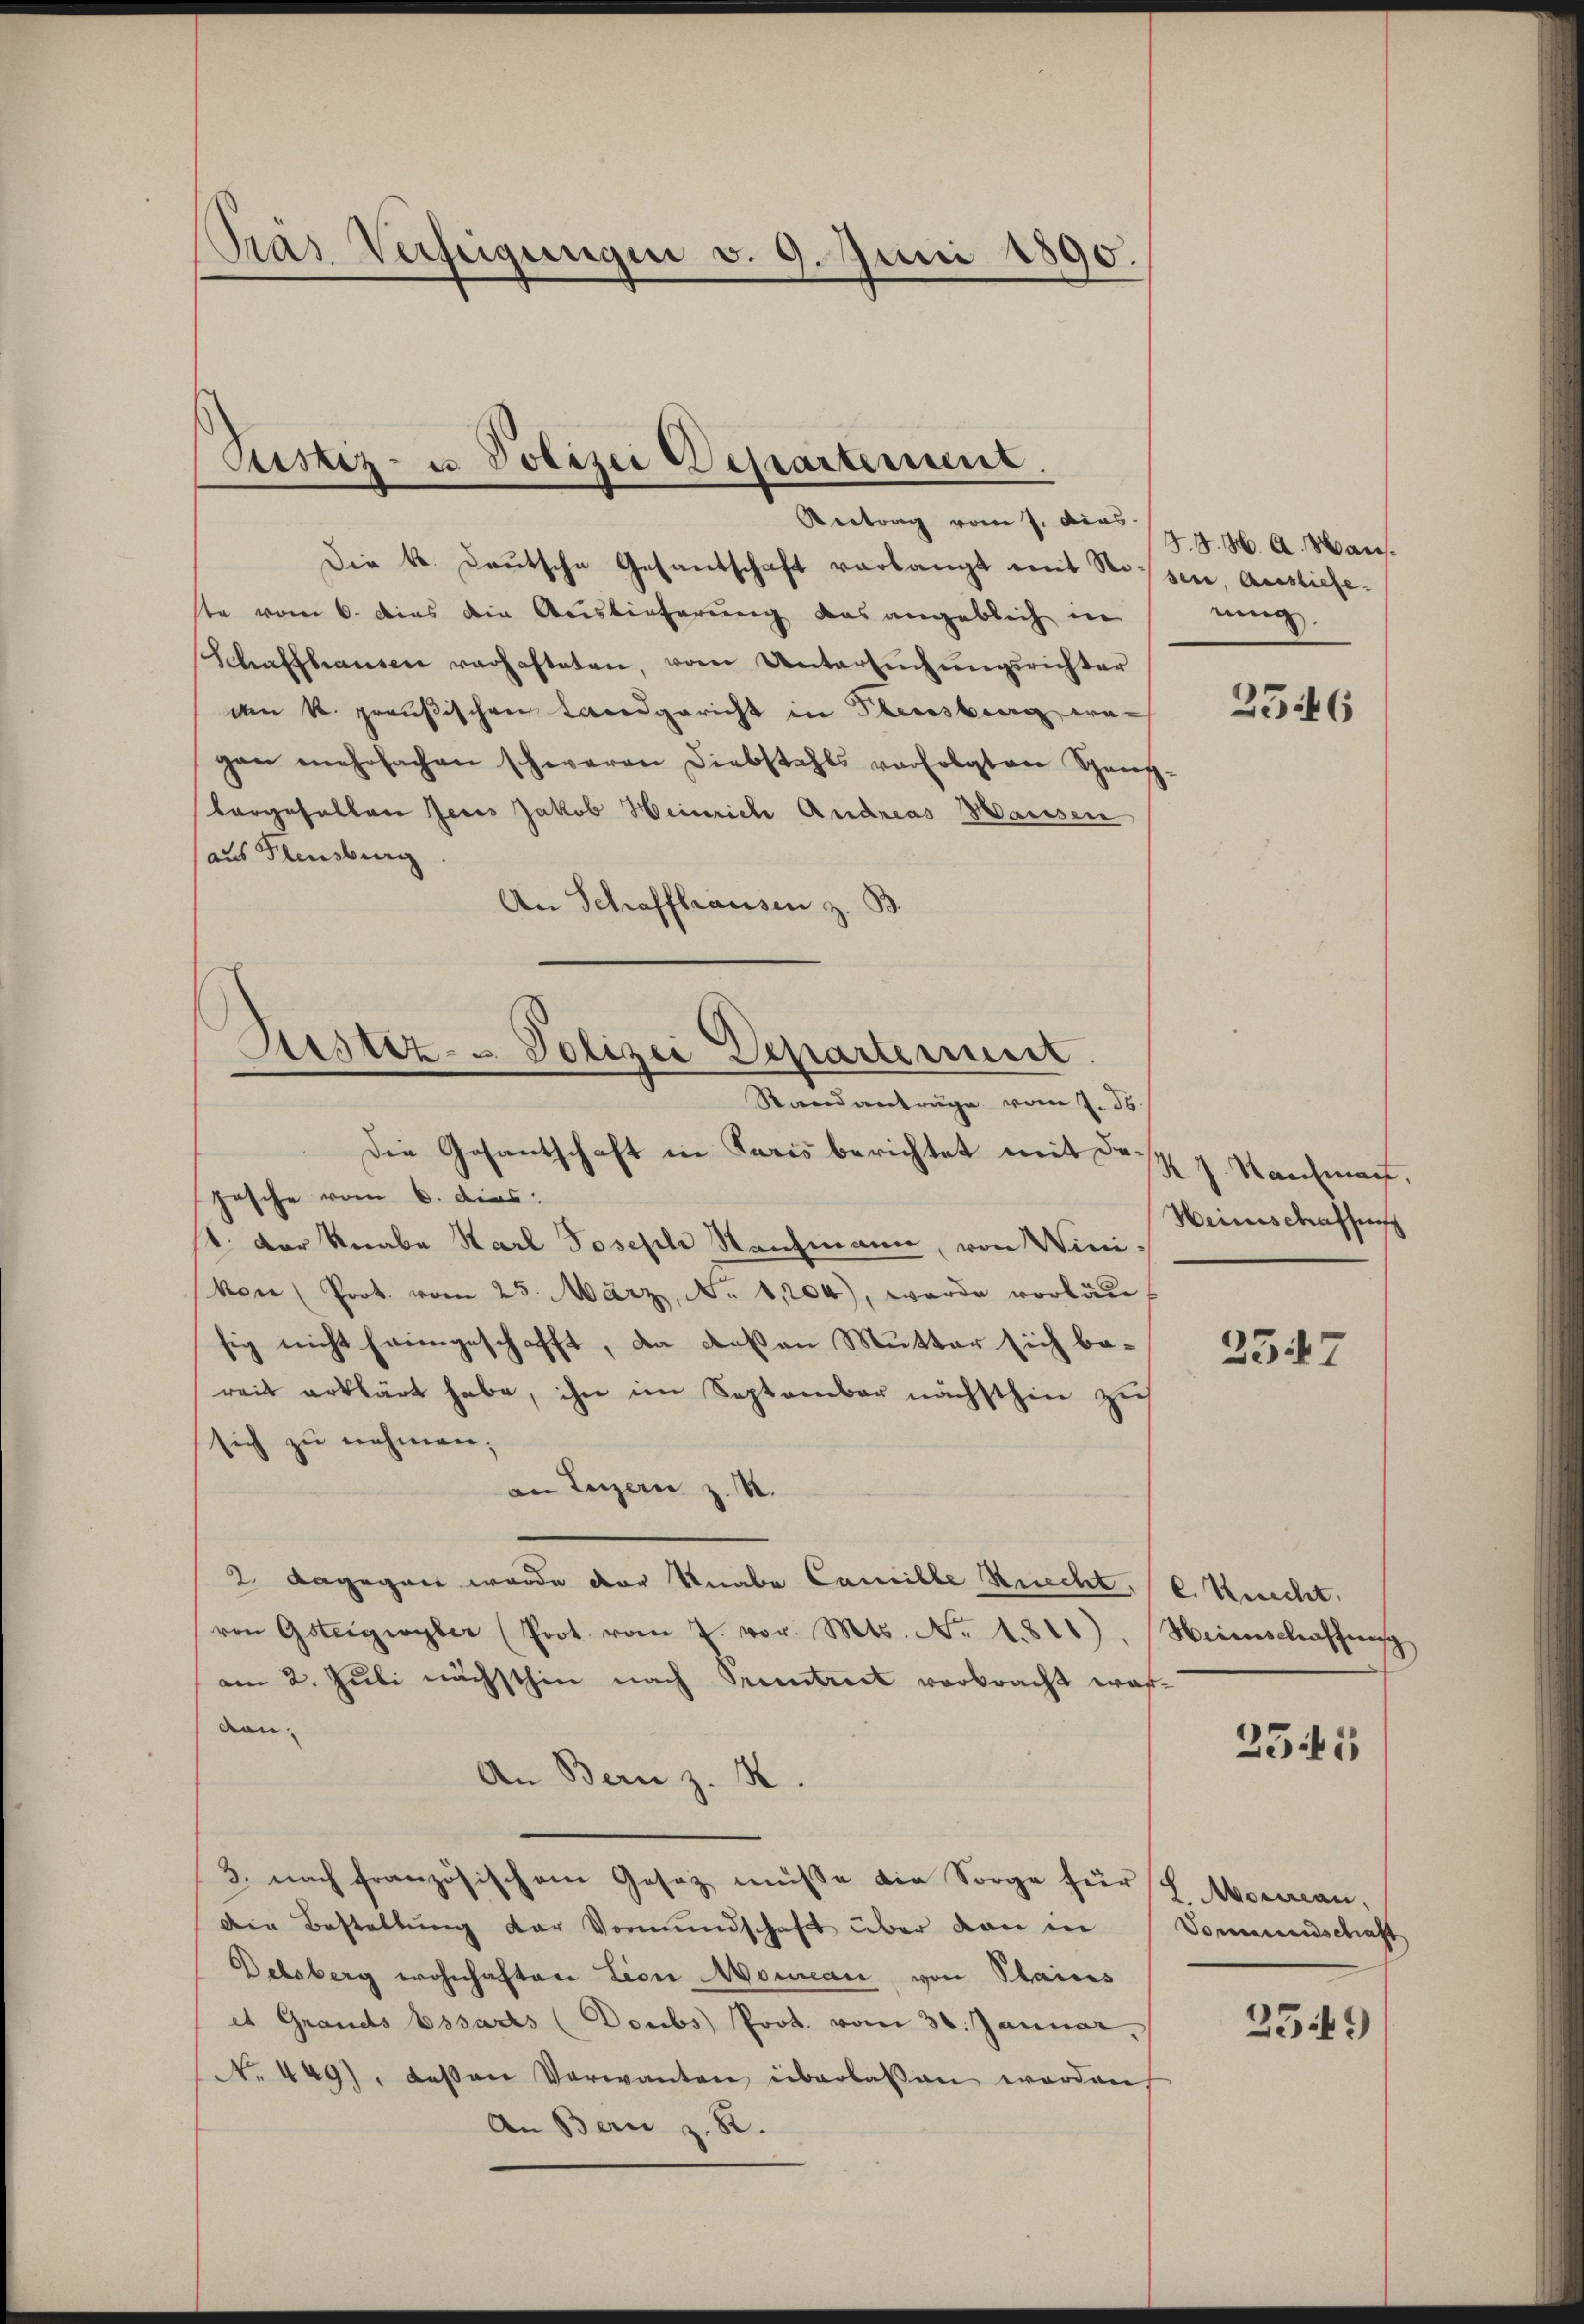
Pras Verfeigungen v. 9. Juni 1890.

Ptistiz- u. Polizei Departement.

Antrag vom 7. Den 174. M. A. Wan¬
Die k. Deutsche Gesandschaft verlangt mit Stossen, Ausliefe.
ste vom 6. dies die Auslieferung das angeblich in
Schaffhausen verhafteten, vom Untersŭchŭngsrichter
an k. preußischen Landgericht in Theresberg wa
gan mehrfachen schweren Diebstahls verfolgten Ganz-
borgefallen Jeres Jakob Heinrich Andreas Maissen
aus Klensburg
An Schaffhausen z. B

Justiz - Polizei Departement.
Standanträge vom J. J.

Die Gesantschaft in Paris berichtet mit dejesche vom 6. dies
st. Der Knabe Karl Joseph Neuchmann, von Winikon (Prot. vom 25. März, No 1,204), werde vorläuf
sig nicht heimgeschafft, da deßen Mutter sich bereit erklärt habe, ihn im September nächsthin zu
sich zu nehmen;
an Luzern z. B.
2. dagegen wurde der Knabe Camille Knecht, v. Knecht,
von Gsteigwyler (Prot. vom 7. vor. Mts. No. 1811), Heimschaffung
am 2. Juli nächsthin nach Sentiret vorbracht wordan¬
An Bern z. B.
3. nach französischem Gesez müsse die Sorge für 7 Morean,
die Bestellung der Vormundschaft über dan in
Delsberg wohnhaften Lion Moureau von Plains
et Grands bssarts (Doubs Prot. vom 31. Januar,
No. 449), deßen Vorwanten überlassen worden
An Bern z. B.

nung.

25446

K. J. Kaufman
Heinschaffens

2547

2545

Vorenenschaft

2549